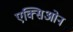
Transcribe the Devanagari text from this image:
एक्सिओन